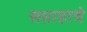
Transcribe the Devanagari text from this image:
सप्ताहाचे